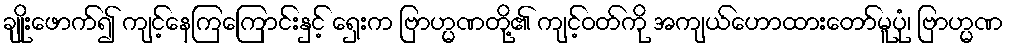
ချိုးဖောက်၍ ကျင့်နေကြကြောင်းနှင့် ရှေးက ဗြာဟ္မဏတို့၏ ကျင့်ဝတ်ကို အကျယ်ဟောထားတော်မူပုံ၊ ဗြာဟ္မဏ